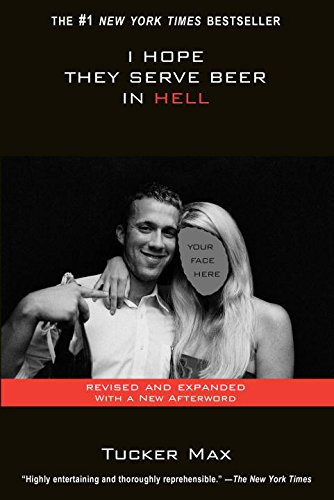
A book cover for I Hope They Serve Beer In Hell; Tucker Max; Humor & Entertainment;